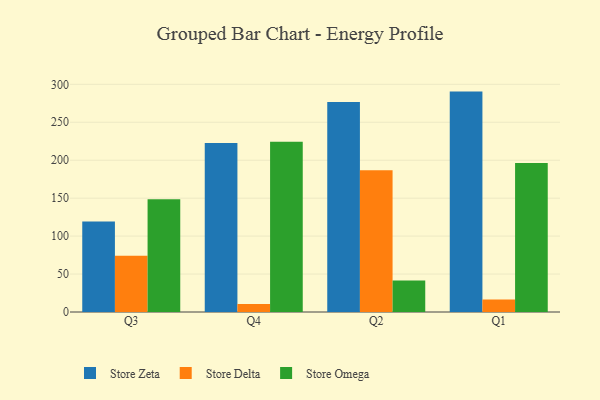
{"axis": {"x": "Quarter", "y": "Active Users"}, "legend": ["Store Delta", "Store Omega", "Store Zeta"], "data": [{"x": "Q3", "y": 119.4, "type": "Store Zeta"}, {"x": "Q3", "y": 74.2, "type": "Store Delta"}, {"x": "Q3", "y": 148.7, "type": "Store Omega"}, {"x": "Q4", "y": 222.7, "type": "Store Zeta"}, {"x": "Q4", "y": 10.7, "type": "Store Delta"}, {"x": "Q4", "y": 224.2, "type": "Store Omega"}, {"x": "Q2", "y": 276.7, "type": "Store Zeta"}, {"x": "Q2", "y": 186.7, "type": "Store Delta"}, {"x": "Q2", "y": 41.5, "type": "Store Omega"}, {"x": "Q1", "y": 290.4, "type": "Store Zeta"}, {"x": "Q1", "y": 16.6, "type": "Store Delta"}, {"x": "Q1", "y": 196.4, "type": "Store Omega"}]}